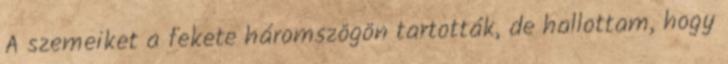
A szemeiket a fekete háromszögön tartották, de hallottam, hogy